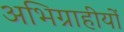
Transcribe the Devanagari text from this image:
अभिग्राहीयों